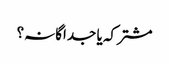
مشترکہ یا جداگانہ؟